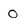
Character: 0